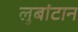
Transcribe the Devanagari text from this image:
लुबांटान